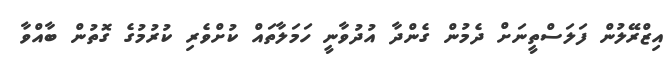
އިޒްރޭލުން ފަލަސްތީނަށް ދެމުން ގެންދާ އުދުވާނީ ހަމަލާތައް ކުށްވެރި ކުރުމުގެ ގޮތުން ބާއްވާ